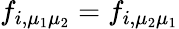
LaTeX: f_{i,\mu_{1}\mu_{2}}=f_{i,\mu_{2}\mu_{1}}